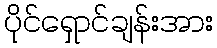
ပိုင်ရှောင်ချန်းအား